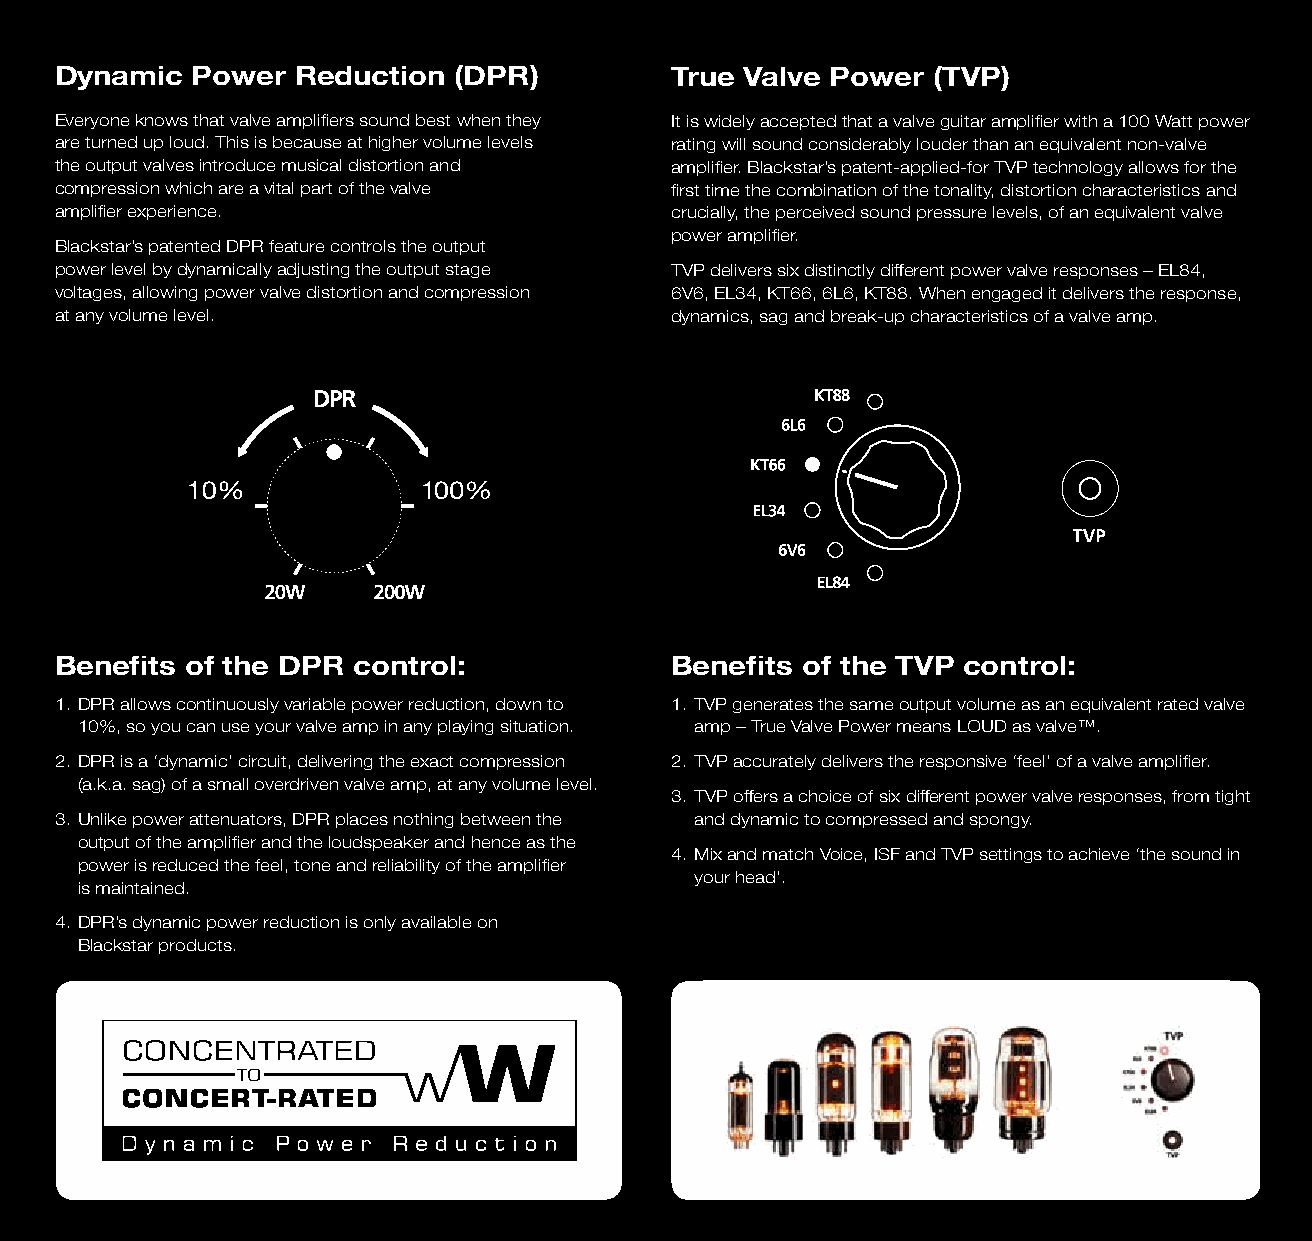
Dynamic  Power  Reduction (DPR)         True Valve Power  (TVP)
 Everyone knows that valve amplifiers sound best when they It is widely accepted that a valve guitar amplifier with a 100 Watt power
 are turned up loud. This is because at higher volume levels rating will sound considerably louder than an equivalent non-valve
 the output valves introduce musical distortion and amplifier. Blackstar’s patent-applied-for TVP technology allows for the
 compression which are a vital part of the valve first time the combination of the tonality, distortion characteristics and
 amplifier experience.                   crucially, the perceived sound pressure levels, of an equivalent valve
 power amplifier.
 Blackstar’s patented DPR feature controls the output
 power level by dynamically adjusting the output stage TVP delivers six distinctly different power valve responses – EL84,
 voltages, allowing power valve distortion and compression 6V6, EL34, KT66, 6L6, KT88. When engaged it delivers the response,
 at any volume level.                    dynamics, sag and break-up characteristics of a valve amp.
 Benefits of the DPR control:            Benefits of the TVP control:
 1. DPR allows continuously variable power reduction, down to 1. TVP generates the same output volume as an equivalent rated valve
 10%, so you can use your valve amp in any playing situation. amp – True Valve Power means LOUD as valve™.
 2. DPR is a ‘dynamic’ circuit, delivering the exact compression 2. TVP accurately delivers the responsive ‘feel’ of a valve amplifier.
 (a.k.a. sag) of a small overdriven valve amp, at any volume level.
 3. TVP offers a choice of six different power valve responses, from tight
 3. Unlike power attenuators, DPR places nothing between the and dynamic to compressed and spongy.
 output of the amplifier and the loudspeaker and hence as the
 4. Mix and match Voice, ISF and TVP settings to achieve ‘the sound in
 power is reduced the feel, tone and reliability of the amplifier
 your head’.
 is maintained.
 4. DPR’s dynamic power reduction is only available on
 Blackstar products.